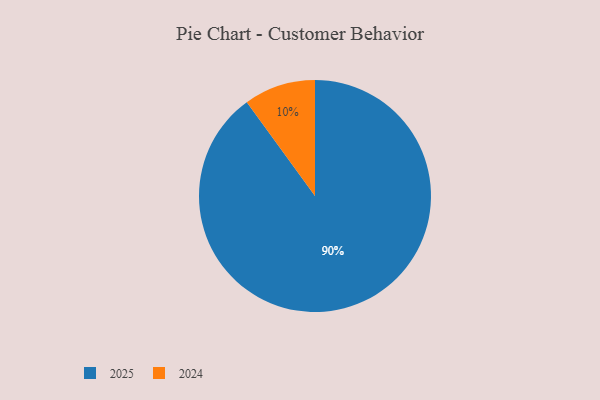
{"axis": {"x": "Category", "y": "Percentage"}, "legend": ["2024", "2025"], "data": [{"x": "2024", "y": 10, "type": "2024"}, {"x": "2025", "y": 90, "type": "2025"}]}